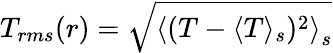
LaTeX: T_{rms}(r)=\sqrt{\left\langle(T-\langle T\rangle_{s})^{2}\right\rangle_{s}}